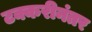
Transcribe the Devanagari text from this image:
टक्करीनंतर